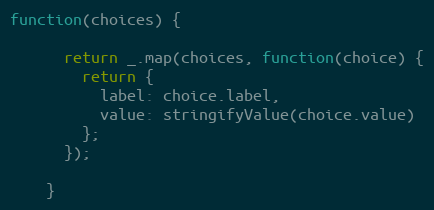
Language: JavaScript
function(choices) {

      return _.map(choices, function(choice) {
        return {
          label: choice.label,
          value: stringifyValue(choice.value)
        };
      });

    }